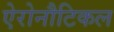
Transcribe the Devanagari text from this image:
ऐरोनौटिकल